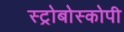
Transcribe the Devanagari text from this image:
स्ट्रोबोस्कोपी